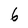
Character: 6